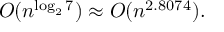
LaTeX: O ( n ^ { \log _ { 2 } 7 } ) \approx O ( n ^ { 2 . 8 0 7 4 } ) .